Indian journal of veterinary science and animal husbandry - Volumes 15-17, 1948-1951
Year: 1948
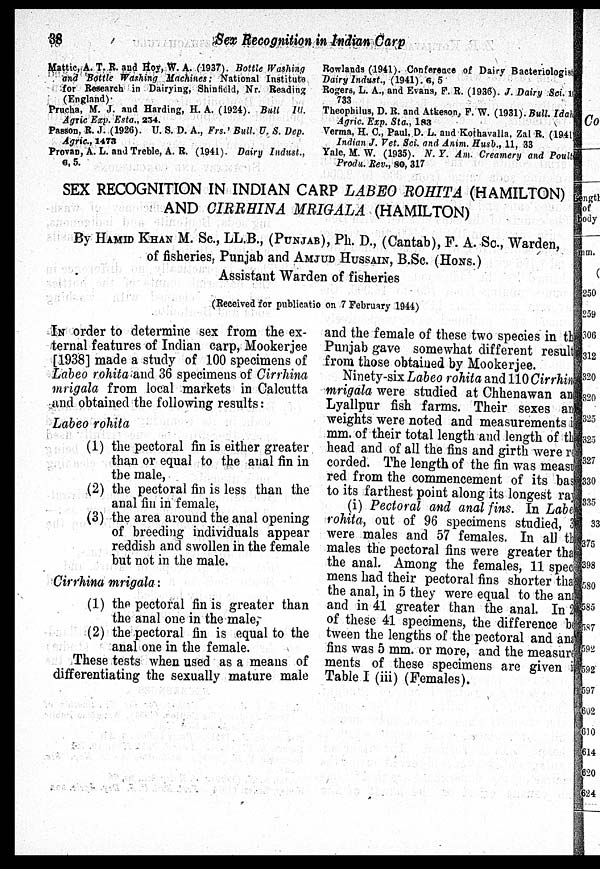
38
Sex Recognition in Indian Carp
Mattic, A. T. R. and Hoy, W. A. (1937). Bottle Washing
and Bottle Washing Machines; National Institute
for Research in Dairying, Shinfield, Nr. Reading
(England).
Prucha, M. J. and Harding, H. A. (1924). Bull Ill.
Agric Exp. Esta., 234.
Passon, R. J. (1926). U. S. D. A., Frs.' Bull. U. S. Dep.
Agric., 1473
Provan, A. L. and Treble, A. R. (1941). Dairy Indust.,
6, 5.
Rowlands (1941). Conference of Dairy Bacteriologist
Dairy Indust., (1941). 6, 5
Rogers, L. A., and Evans, F. R. (1936). J. Dairy Sci. 1 st
733
Theophilus, D. R. and Atkeson, F. W. (1931). Bull. Idah
Agric. Exp. Sta., 183
Verma, H. C., Paul, D. L. and Kothavalla, Zal R. (1941)
Indian J. Vet. Sci. and Anim. Husb., 11, 33
Yale, M. W. (1935). N. Y. Am. Creamery and Poult
Produ. Rev., 80, 317
SEX RECOGNITION IN INDIAN CARP LABEO ROHITA (HAMILTON)
AND CIRRHINA MRIGALA (HAMILTON)
By HAMID KHAN M. Sc, LL.B., (PUNJAB), Ph. D., (Cantab), F. A. Sc., Warden,
of fisheries. Punjab and AMJUD HUSSAIN, B.Sc. (HONS.)
Assistant Warden of fisheries
(Received for publicatio on 7 February 1944)
IN order to determine sex from the ex-
ternal features of Indian carp, Mookerjee
[1938] made a study of 100 specimens of
Labeo rohita and 36 specimens of Cirrhina
mrigala from local markets in Calcutta
and obtained the following results:
Labeo rohita
(1) the pectoral fin is either greater
than or equal to the anal fin in
the male,
(2) the pectoral fin is less than the
anal fin in female,
(3) the area around the anal opening
of breeding individuals appear
reddish and swollen in the female
but not in the male.
Cirrhina mrigala:
(1) the pectoral fin is greater than
the anal one in the male,
(2) the pectoral fin is equal to the
anal one in the female.
These tests when used as a means of
differentiating the sexually mature male
and the female of these two species in the
Punjab gave somewhat different result
from those obtained by Mookerjee.
Ninety-six Labeo rohita and 110 Cirrhina
mrigala were studied at Chhenawan and
Lyallpur fish farms. Their sexes and
weights were noted and measurements in
mm. of their total length and length of the
head and of all the fins and girth were re
corded. The length of the fin was measu
red from the commencement of its base
to its farthest point along its longest ray
(i) Pectoral and anal fins. In Labeo
rohita, out of 96 specimens studied, 39
were males and 57 females. In all the
males the pectoral fins were greater that
the anal. Among the females, 11 speci
mens had their pectoral fins shorter that
the anal, in 5 they were equal to the anal
and in 41 greater than the anal. In 2
of these 41 specimens, the difference be
tween the lengths of the pectoral and ana
fins was 5 mm. or more, and the measure
ments of these specimens are given in
Table I (iii) (Females).